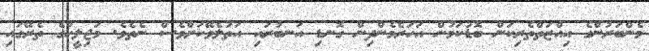
މެންބަރުންގެ އިއްޒަތްތެރިކަަން ބޮޑުކަމުން އަހަރެމެންދިން ގޮނޑި އަނބުރައި އަތުލެވޭކަށްވެސް ނެތެވެ. މަޖިލީހުގެ ތެރޭގައި